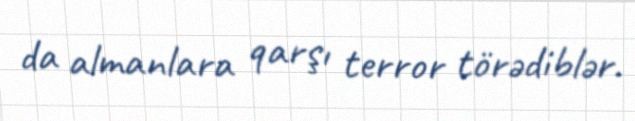
da almanlara qarşı terror törədiblər.